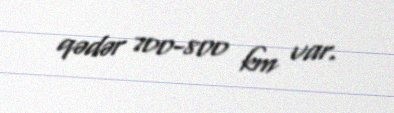
qədər 700-800 km var.